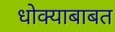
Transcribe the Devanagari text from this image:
धोक्याबाबत